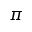
\pi